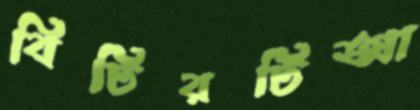
বিটিরটিআ